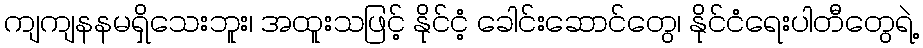
ကျကျနနမရှိသေးဘူး၊ အထူးသဖြင့် နိုင်ငံ့ ခေါင်းဆောင်တွေ၊ နိုင်ငံရေးပါတီတွေရဲ့